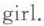
girl.